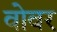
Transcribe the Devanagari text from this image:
वोवर